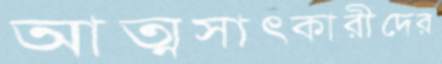
আত্মসাৎকারীদের